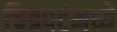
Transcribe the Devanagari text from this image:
चित्रपटंमध्ये